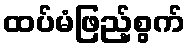
ထပ်မံဖြည့်စွက်